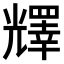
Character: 𠓋